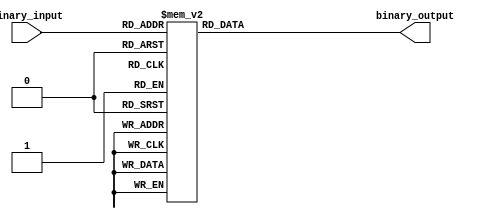
module decimal_priority_encoder (
    input [3:0] binary_input,
    output reg [2:0] binary_output
);

always @* begin
    case(binary_input)
        4'b0000: binary_output = 3'b000; //0
        4'b0001: binary_output = 3'b001; //1
        4'b0010: binary_output = 3'b010; //2
        4'b0011: binary_output = 3'b011; //3
        4'b0100: binary_output = 3'b100; //4
        4'b0101: binary_output = 3'b110; //5
        4'b0110: binary_output = 3'b110; //6
        4'b0111: binary_output = 3'b110; //7
        4'b1000: binary_output = 3'b110; //8
        4'b1001: binary_output = 3'b110; //9
        default: binary_output = 3'b000; //default to 0 if input is invalid
    endcase
end

endmodule